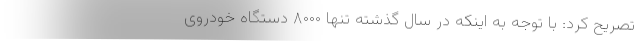
تصریح کرد: با توجه به اینکه در سال گذشته تنها ۸۰۰۰ دستگاه خودروی